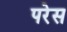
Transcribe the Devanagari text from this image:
परेस